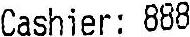
CASHIER: 888